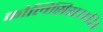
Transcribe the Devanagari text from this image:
कोलिसिस्टाइटिस